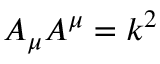
A _ { \mu } A ^ { \mu } = k ^ { 2 }